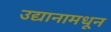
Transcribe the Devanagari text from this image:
उद्यानामधून